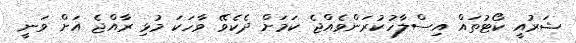
ޝަރުއީ ކޯޓުތައް އިސްލާހުކުރަންވެއްޖެ ކަމަށް ދެކެވޭ ވާހަކަ މުޅި ރާއްޖެ އަށް ވަނީ